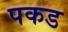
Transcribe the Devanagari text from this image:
पकड